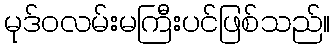
မုဒ်ဝလမ်းမကြီးပင်ဖြစ်သည်။